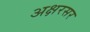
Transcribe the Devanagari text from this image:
अक्षरसर